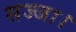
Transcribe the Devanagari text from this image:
सज्जा।